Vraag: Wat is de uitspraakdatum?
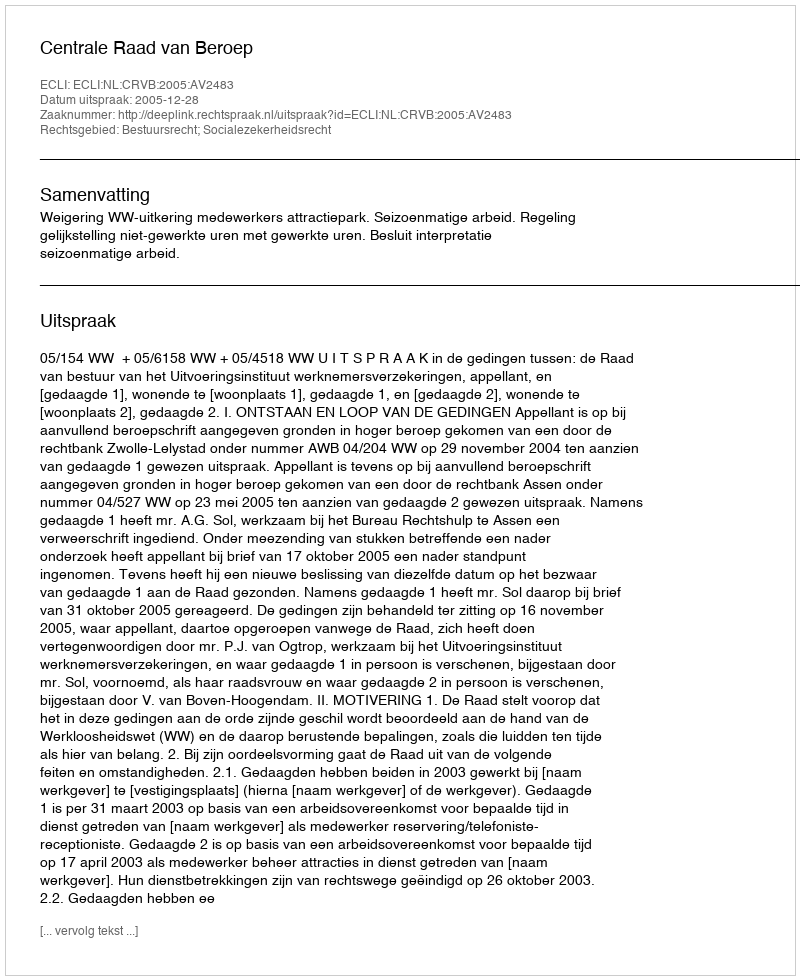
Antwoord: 2005-12-28